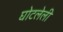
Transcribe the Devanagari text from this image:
घोटलेली